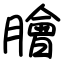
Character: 膾